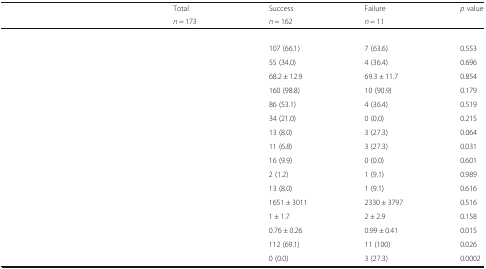
<table><thead><tr><td rowspan="2">[EMPTY_CELL]</td><td><b>Total</b></td><td><b>Success</b></td><td><b>Failure</b></td><td rowspan="2"><b><i>p</i> value</b></td></tr><tr><td><b><i>n</i> = 173</b></td><td><b><i>n</i> = 162</b></td><td><b><i>n</i> = 11</b></td></tr></thead><tbody><tr><td colspan="5">[EMPTY_CELL]</td></tr><tr><td>[EMPTY_CELL]</td><td>[EMPTY_CELL]</td><td>107 (66.1)</td><td>7 (63.6)</td><td>0.553</td></tr><tr><td>[EMPTY_CELL]</td><td>[EMPTY_CELL]</td><td>55 (34.0)</td><td>4 (36.4)</td><td>0.696</td></tr><tr><td>[EMPTY_CELL]</td><td>[EMPTY_CELL]</td><td>68.2 ± 12.9</td><td>69.3 ± 11.7</td><td>0.854</td></tr><tr><td>[EMPTY_CELL]</td><td>[EMPTY_CELL]</td><td>160 (98.8)</td><td>10 (90.9)</td><td>0.179</td></tr><tr><td>[EMPTY_CELL]</td><td>[EMPTY_CELL]</td><td>86 (53.1)</td><td>4 (36.4)</td><td>0.519</td></tr><tr><td>[EMPTY_CELL]</td><td>[EMPTY_CELL]</td><td>34 (21.0)</td><td>0 (0.0)</td><td>0.215</td></tr><tr><td>[EMPTY_CELL]</td><td>[EMPTY_CELL]</td><td>13 (8.0)</td><td>3 (27.3)</td><td>0.064</td></tr><tr><td>[EMPTY_CELL]</td><td>[EMPTY_CELL]</td><td>11 (6.8)</td><td>3 (27.3)</td><td>0.031</td></tr><tr><td>[EMPTY_CELL]</td><td>[EMPTY_CELL]</td><td>16 (9.9)</td><td>0 (0.0)</td><td>0.601</td></tr><tr><td>[EMPTY_CELL]</td><td>[EMPTY_CELL]</td><td>2 (1.2)</td><td>1 (9.1)</td><td>0.989</td></tr><tr><td>[EMPTY_CELL]</td><td>[EMPTY_CELL]</td><td>13 (8.0)</td><td>1 (9.1)</td><td>0.616</td></tr><tr><td>[EMPTY_CELL]</td><td>[EMPTY_CELL]</td><td>1651 ± 3011</td><td>2330 ± 3797</td><td>0.516</td></tr><tr><td>[EMPTY_CELL]</td><td>[EMPTY_CELL]</td><td>1 ± 1.7</td><td>2 ± 2.9</td><td>0.158</td></tr><tr><td>[EMPTY_CELL]</td><td>[EMPTY_CELL]</td><td>0.76 ± 0.26</td><td>0.99 ± 0.41</td><td>0.015</td></tr><tr><td>[EMPTY_CELL]</td><td>[EMPTY_CELL]</td><td>112 (69.1)</td><td>11 (100)</td><td>0.026</td></tr><tr><td>[EMPTY_CELL]</td><td>[EMPTY_CELL]</td><td>0 (0.0)</td><td>3 (27.3)</td><td>0.0002</td></tr></tbody></table>